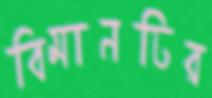
বিমানটির